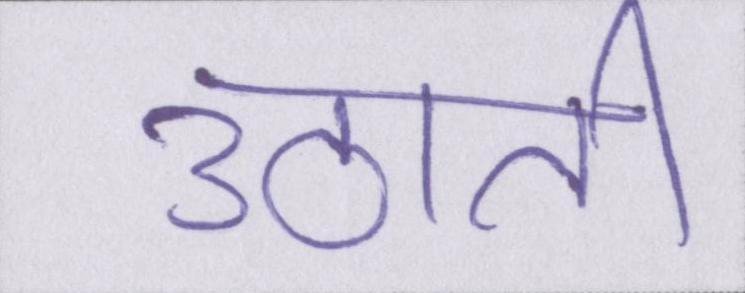
उठाती